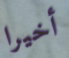
أخيرا